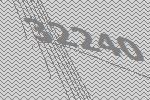
32240